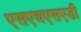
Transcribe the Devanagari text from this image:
एसएचएसएडी